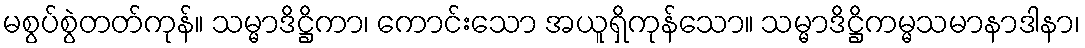
မစွပ်စွဲတတ်ကုန်။ သမ္မာဒိဋ္ဌိကာ၊ ကောင်းသော အယူရှိကုန်သော။ သမ္မာဒိဋ္ဌိကမ္မသမာနာဒါနာ၊